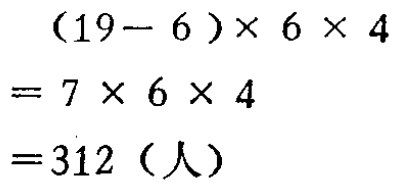
\[

\begin{align*}

&(19 - 6)\times6\times4\\

=&7\times6\times4\\

=&312（人）

\end{align*}

\]